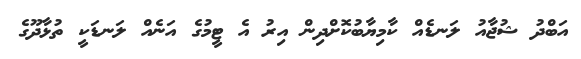
އަބްދު ޝުޖާއު ލަނޑެއް ކާމިޔާބުކޮށްދިން އިރު އެ ޓީމުގެ އަނެއް ލަނޑަކީ ތުޅާދޫގެ